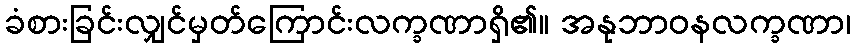
ခံစားခြင်းလျှင်မှတ်ကြောင်းလက္ခဏာရှိ၏။ အနုဘာဝနလက္ခဏာ၊